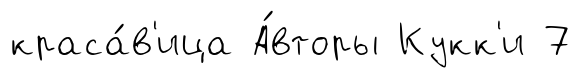
краса́в'ица А́вторы Кукк'и 7